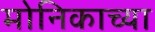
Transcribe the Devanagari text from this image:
मोनिकाच्या